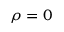
\rho = 0